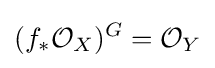
(f_{*}{\mathcal {O}}_{X})^{G}={\mathcal {O}}_{Y}